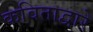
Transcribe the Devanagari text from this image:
कविताद्वारे